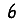
Digit: 6